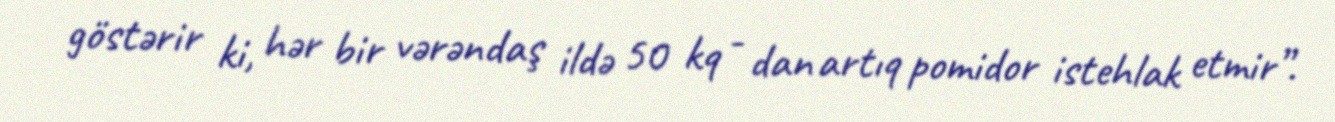
göstərir ki, hər bir vərəndaş ildə 50 kq - dan artıq pomidor istehlak etmir”.